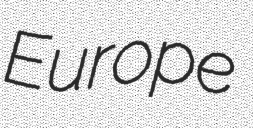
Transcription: Europe